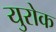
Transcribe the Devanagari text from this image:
युरोक